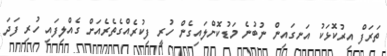
ތަރަފް އިރުކޮޅަކު އަނގައިން ނުބުނެ މަޑުކޮށްލައިގެން ހުރީ ފިކުރެއްގެތެރެއަށް ގެއްލިފައި ހުރި ފަދަ